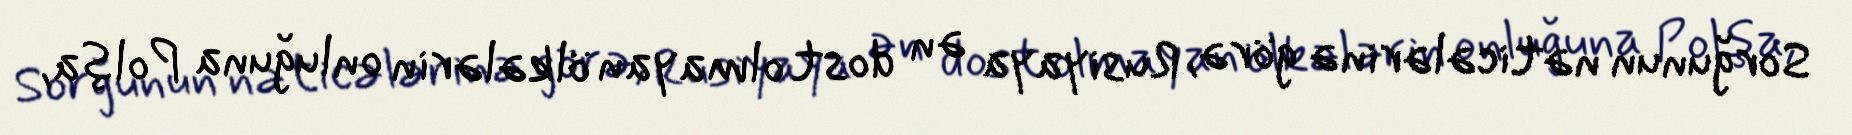
Sorğunun nəticələrinə görə, Rusiyaya ən dost olmayan ölkələrin onluğuna Polşa,